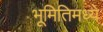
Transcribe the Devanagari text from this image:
भूमितिमध्ये